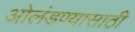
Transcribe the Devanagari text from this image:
ओलंडण्यासाठी